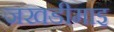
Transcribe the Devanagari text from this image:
जखडीमाइ